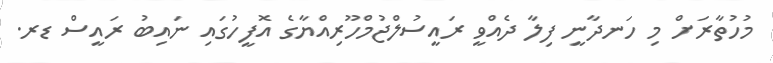
މުހުތާރަށް މި ހަނދާނީ ފިލާ ދެއްވީ ރައީސުލްޖުމްހޫރިއްޔާގެ އޮފީހުގައި ނައިބު ރައީސް ޑރ.